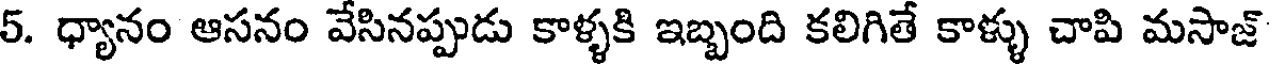
5. ధ్యానం ఆసనం వేసినప్పుడు కాళ్ళకి ఇబ్బంది కలిగితే కాళ్ళు చాపి మసాజ్